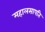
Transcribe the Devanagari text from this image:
महालसापति